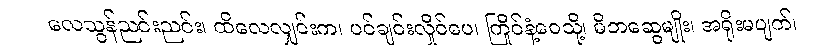
လေသွန်ညင်းညင်း၊ ထိလေလျှင်းက၊ ပင်ချင်းလှိုင်ပေ၊ ကြိုင်နံ့ဝေသို့၊ မိဘဆွေမျိုး၊ အရိုးမပျက်၊